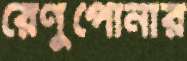
রেণুপোনার